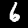
Digit: 6